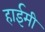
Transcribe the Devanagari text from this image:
हाईमी